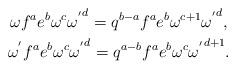
LaTeX: \begin{gather*}\omega {f^a}{e^b}{\omega ^c}{\omega ^{'}}^d = {q^{b - a}}{f^a}{e^b}{\omega ^{c + 1}}{\omega ^{'}}^d,\\{\omega ^{'}}{f^a}{e^b}{\omega ^c}{\omega ^{'}}^d = {q^{a - b}}{f^a}{e^b}{\omega ^c}{\omega ^{'}}^{d + 1}.\end{gather*}